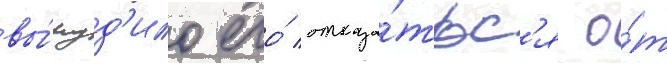
вы́нуд'ило его́ отказа́тьс'я о́т